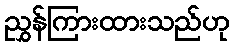
ညွှန်ကြားထားသည်ဟု